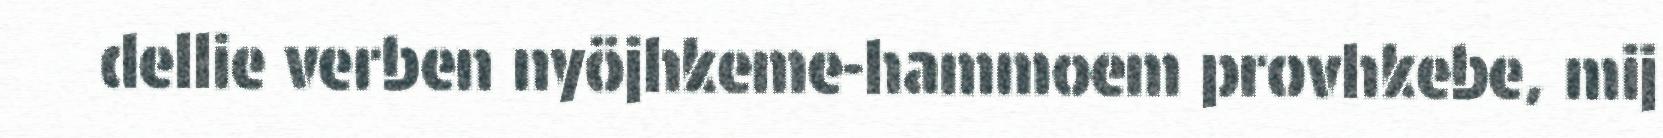
dellie verben nyöjhkeme-hammoem provhkebe, mij